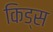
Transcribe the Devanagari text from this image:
किड्‍स